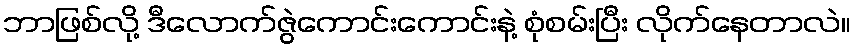
ဘာဖြစ်လို့ ဒီလောက်ဇွဲကောင်းကောင်းနဲ့ စုံစမ်းပြီး လိုက်နေတာလဲ။